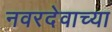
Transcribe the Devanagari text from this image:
नवरदेवाच्या